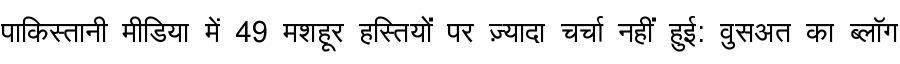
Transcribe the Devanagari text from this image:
पाकिस्तानी मीडिया में 49 मशहूर हस्तियों पर ज़्यादा चर्चा नहीं हुई: वुसअत का ब्लॉग